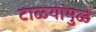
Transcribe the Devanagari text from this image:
टाळ्यांमुळे